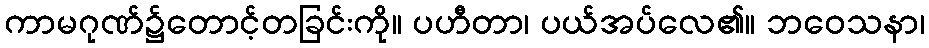
ကာမဂုဏ်၌တောင့်တခြင်းကို။ ပဟီတာ၊ ပယ်အပ်လေ၏။ ဘဝေသနာ၊